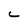
Character: C